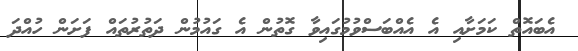
އެބައޮތް ކަމަށާއި އެ އެއްބަސްވުމުގައިވާ ގޮތުން އެ ގައުމުން ދަތުރުތައް ފަށަން ހުއްދަ